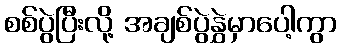
စစ်ပွဲပြီးလို့ အချစ်ပွဲနွှဲမှာပေါ့ကွာ